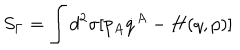
LaTeX: S _ { \Gamma } = \int d ^ { 2 } \sigma [ p _ { A } \dot { q } ^ { A } - H ( q , p ) ]